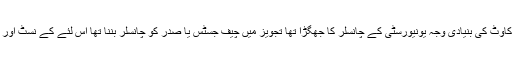
کمیٹی کے اجلاس میں انکشاف ہوا کہ یونیورسٹی بننے کے عمل میں رکاوٹ کی بنیادی وجہ یونیورسٹی کے چانسلر کا جھگڑا تھا تجویز میں چیف جسٹس یا صدر کو چانسلر بننا تھا اس لئے کے نسٹ اور این ڈی یو کے چانسلر ز چیف آف سٹاف ہیں تو چیف جسٹس کیوں نہیں ۔